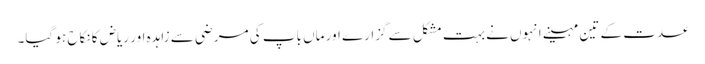
عدت کے تین مہینے انہوں نے بہت مشکل سے گزارے اور ماں باپ کی مرضی سے زاہدہ اور ریاض کا نکاح ہو گیا۔